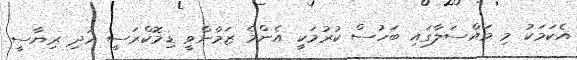
އެކަމަކު މި މައްސަލާގައި ބަހުސް ކުރުމަކީ އެންމެ ޒަމާންވީ ޑިމޮކްރަސީ އަދި ރިޔާސީ